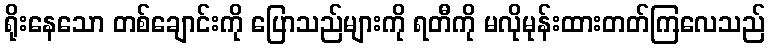
ရိုးနေသော တစ်ချောင်းကို ပြောသည်များကို ရတီကို မလိုမုန်းထားတတ်ကြလေသည်